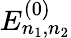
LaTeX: E_{n_{1},n_{2}}^{(0)}